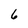
Character: 6